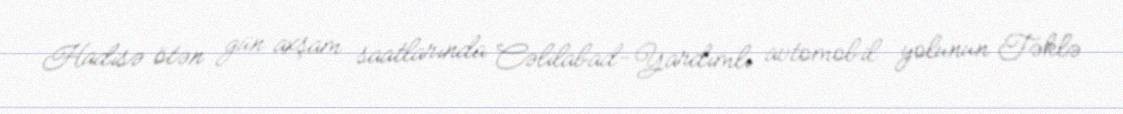
Hadisə ötən gün axşam saatlarında Cəlilabad-Yardımlı avtomobil yolunun Təklə